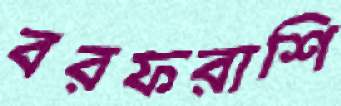
বরফরাশি